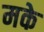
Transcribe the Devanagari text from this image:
मके